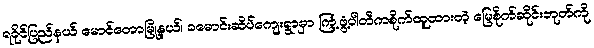
ရခိုင်ပြည်နယ် မောင်တောမြို့နယ်၊ ခမောင်းဆိပ်ကျေးရွာမှာ ကြံ့ဖွံ့ပါတီကစိုက်ထူထားတဲ့ မြေစိုက်ဆိုင်းဘုတ်ကို